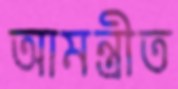
আমন্ত্রীত